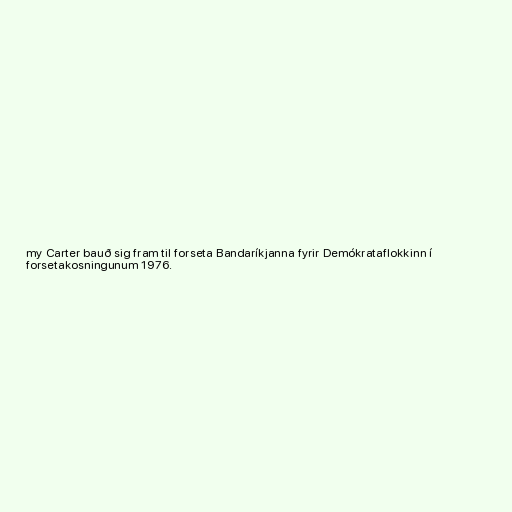
my Carter bauð sig fram til forseta Bandaríkjanna fyrir Demókrataflokkinn í
forsetakosningunum 1976.